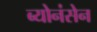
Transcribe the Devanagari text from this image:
ब्योनंसेन